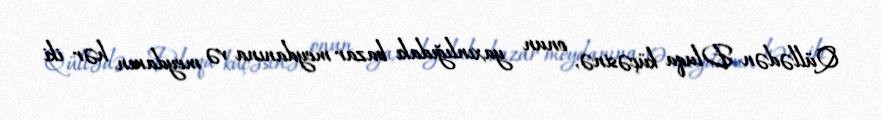
Qüllədən Dluqa küçəsinə, onun yaxınlığıdakı bazar meydanına və meydanın hər iki